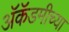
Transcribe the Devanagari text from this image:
अॅकॅडमीच्या